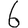
Digit: 6